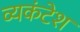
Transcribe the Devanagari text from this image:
व्यकंटेश